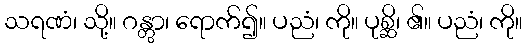
သရဏံ၊ သို့။ ဂန္တွာ၊ ရောက်၍။ ပညံ၊ ကို။ ပုစ္ဆိ၊ ၏။ ပညံ၊ ကို။